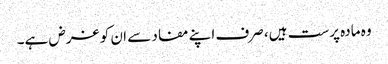
وہ مادہ پرست ہیں، صرف اپنے مفاد سے ان کو غرض ہے۔